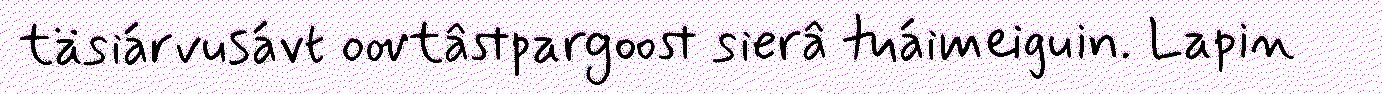
täsiárvusávt oovtâstpargoost sierâ tuáimeiguin. Lapin